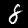
Digit: 8